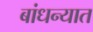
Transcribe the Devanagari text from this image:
बांधन्यात